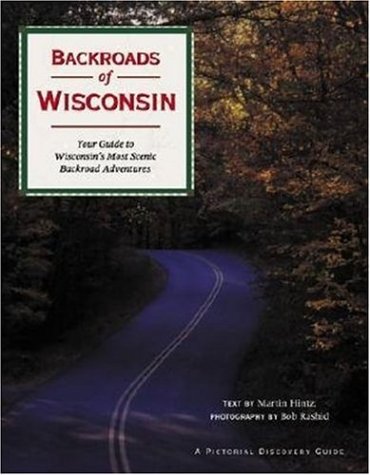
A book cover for Backroads of Wisconsin: Your Guide to Wisconsin's Most Scenic Backroad Adventures; Martin Hintz; Travel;